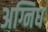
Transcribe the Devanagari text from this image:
अग्निध